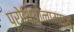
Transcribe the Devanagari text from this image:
प्रोथियोनामाइड